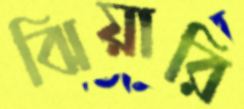
ঝিয়ারি